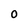
Character: O